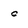
Character: c